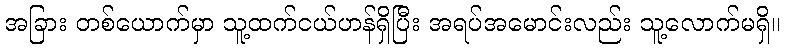
အခြား တစ်ယောက်မှာ သူ့ထက်ငယ်ဟန်ရှိပြီး အရပ်အမောင်းလည်း သူ့လောက်မရှိ။